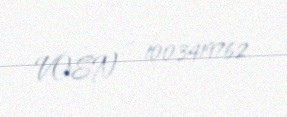
VOEN - 1003419762